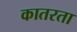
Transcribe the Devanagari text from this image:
कातरता